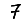
Digit: 7